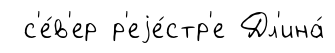
с'е́в'ер р'еjе́стр'е Дл'ина́